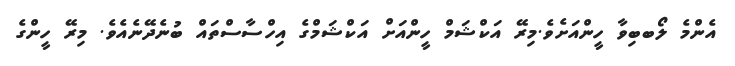
އެންމެ ލޯބބިވާ ހީންއަށެވެ.މިރޭ އަކްޝަމް ހީންއަށް އަކްޝަމްގެ އިހްސާސްތައް ބުނެދޭނެއެވެ. މިރޭ ހީންގެ